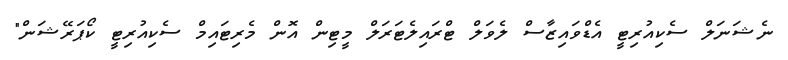
ނެޝަނަލް ސެކިއުރިޓީ އެޑްވައިޒާސް ލެވަލް ޓްރައިލެޓަރަލް މީޓިން އޮން މެރިޓައިމް ސެކިއުރިޓީ ކޯޕަރޭޝަން"